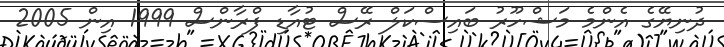
ދުނިޔޭގެ އެންމެ މަޝްހޫރު ބައިސްކަލް ރޭސް ޓުއާޑި ފްރާންސް 1999 އިން 2005